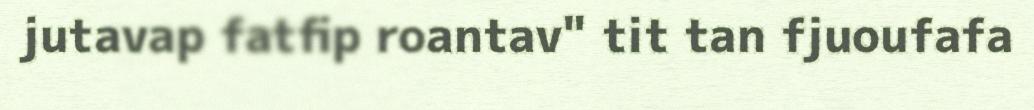
jutavap fatfip roantav" tit tan fjuoufafa